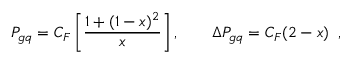
P _ { g q } = C _ { F } \left[ \frac { 1 + ( 1 - x ) ^ { 2 } } { x } \right] , \qquad \Delta P _ { g q } = C _ { F } ( 2 - x ) \; \; ,